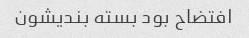
افتضاح بود بسته بندیشون